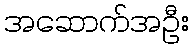
အဆောက်အဦး